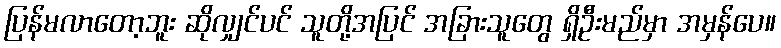
ပြန်မလာတော့ဘူး ဆိုလျှင်ပင် သူတို့အပြင် အခြားသူတွေ ရှိဦးမည်မှာ အမှန်ပေ။